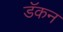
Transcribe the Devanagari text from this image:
डॅकन